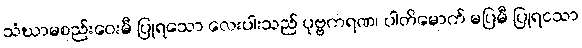
သံဃာမစည်းဝေးမီ ပြုရသော လေးပါးသည် ပုဗ္ဗကရဏ၊ ပါတိမောက် မပြမီ ပြုရငသာ